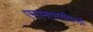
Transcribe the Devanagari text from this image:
एमएमएससीएमडी